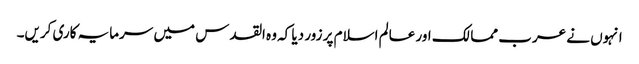
انہوں نے عرب ممالک اور عالم اسلام پر زور دیا کہ وہ القدس میں سرمایہ کاری کریں۔